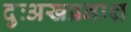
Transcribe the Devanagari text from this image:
दुःअखप्रनाश